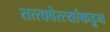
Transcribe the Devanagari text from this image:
तत्त्ववेत्त्यांकडून